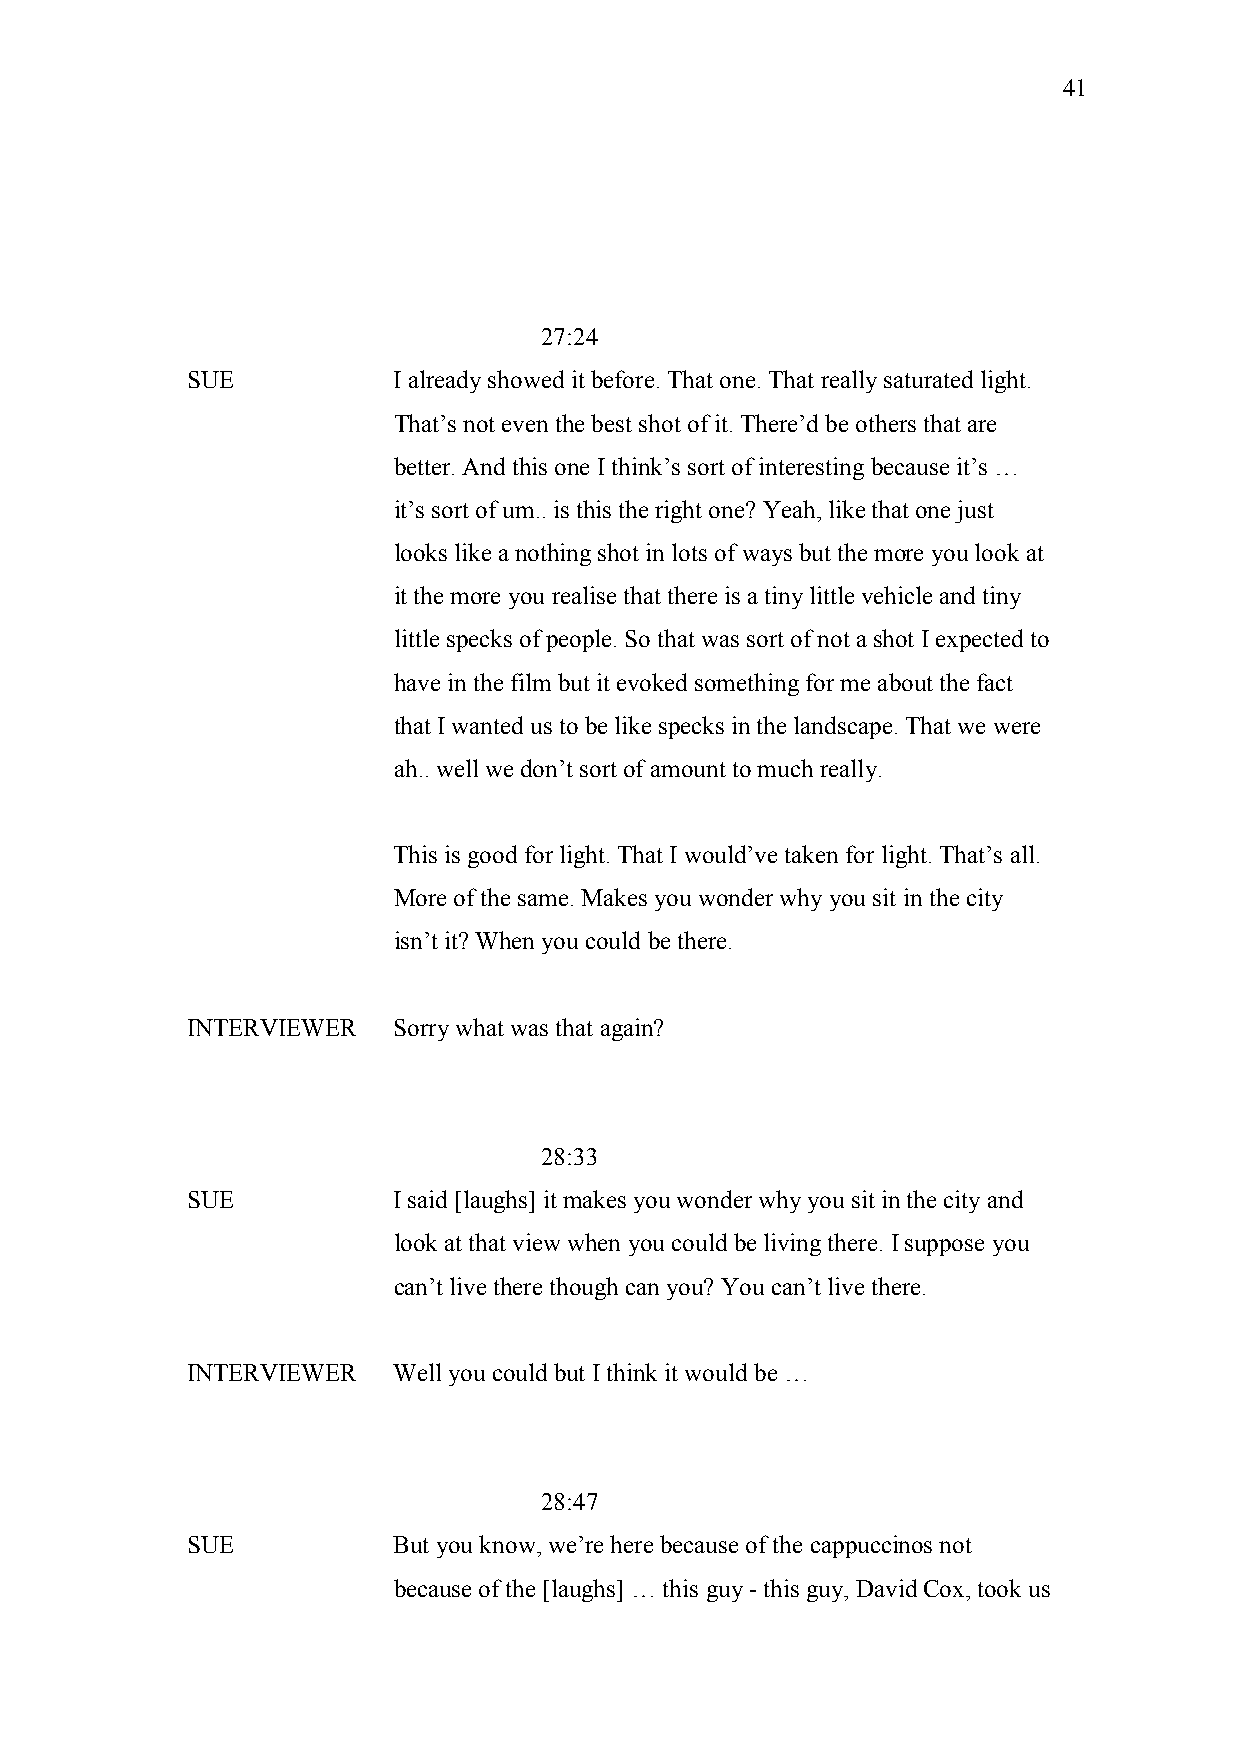
41
 27:24
 SUE           I already showed it before. That one. That really saturated light.
 That’s not even the best shot of it. There’d be others that are
 better. And this one I think’s sort of interesting because it’s …
 it’s sort of um.. is this the right one? Yeah, like that one just
 looks like a nothing shot in lots of ways but the more you look at
 it the more you realise that there is a tiny little vehicle and tiny
 little specks of people. So that was sort of not a shot I expected to
 have in the film but it evoked something for me about the fact
 that I wanted us to be like specks in the landscape. That we were
 ah.. well we don’t sort of amount to much really.
 This is good for light. That I would’ve taken for light. That’s all.
 More of the same. Makes you wonder why you sit in the city
 isn’t it? When you could be there.
 INTERVIEWER   Sorry what was that again?
 28:33
 SUE           I said [laughs] it makes you wonder why you sit in the city and
 look at that view when you could be living there. I suppose you
 can’t live there though can you? You can’t live there.
 INTERVIEWER   Well you could but I think it would be …
 28:47
 SUE           But you know, we’re here because of the cappuccinos not
 because of the [laughs] … this guy - this guy, David Cox, took us